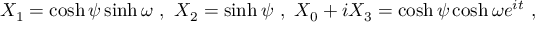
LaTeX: X _ { 1 } = \cosh \psi \sinh \omega ~ , ~ X _ { 2 } = \sinh \psi ~ , ~ X _ { 0 } + i X _ { 3 } = \cosh \psi \cosh \omega e ^ { i t } ~ ,